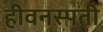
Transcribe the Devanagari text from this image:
हीवनस्पती